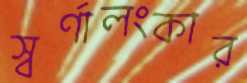
স্বর্ণালংকার